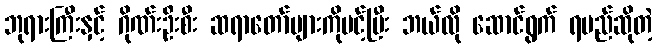
ဘုရားကြီးနှင့် ဂိုဏ်းဦးစီး ဆရာတော်များကိုပင့်ပြီး ဘယ်လို ဆောင်ရွက် ရမည်ဆိုတဲ့